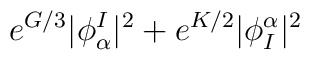
e^{G/3}|\phi^I_\alpha|^2 + e^{K/2}|\phi_I^\alpha|^2